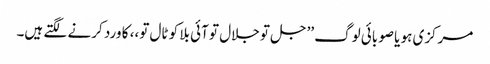
مرکزی ہو یا صوبائی لوگ ’’جل تو جلال تو آئی بلا کو ٹال تو،، کا ورد کرنے لگتے ہیں۔